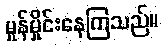
မှုန်မှိုင်းနေကြသည်။